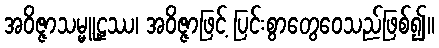
အဝိဇ္ဇာသမ္မူဠှဿ၊ အဝိဇ္ဇာဖြင့် ပြင်းစွာတွေဝေသည်ဖြစ်၍။